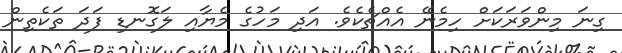
ގިނަ މިންވަރަކަށް ހިމެނޭ އެއްޗެކެވެ. އަދި މަހުގެ މެޔާއި ލަގޮނޑި ފަދަ ތަކެތިން